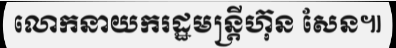
លោកនាយករដ្ឋមន្ត្រីហ៊ុន សែន៕